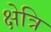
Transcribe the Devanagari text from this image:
क्षेत्रि